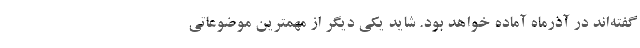
گفته‌اند در آذرماه آماده خواهد بود. شاید یکی دیگر از مهمترین موضوعاتی